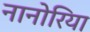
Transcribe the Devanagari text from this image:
नानोरिया